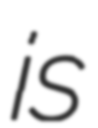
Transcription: is